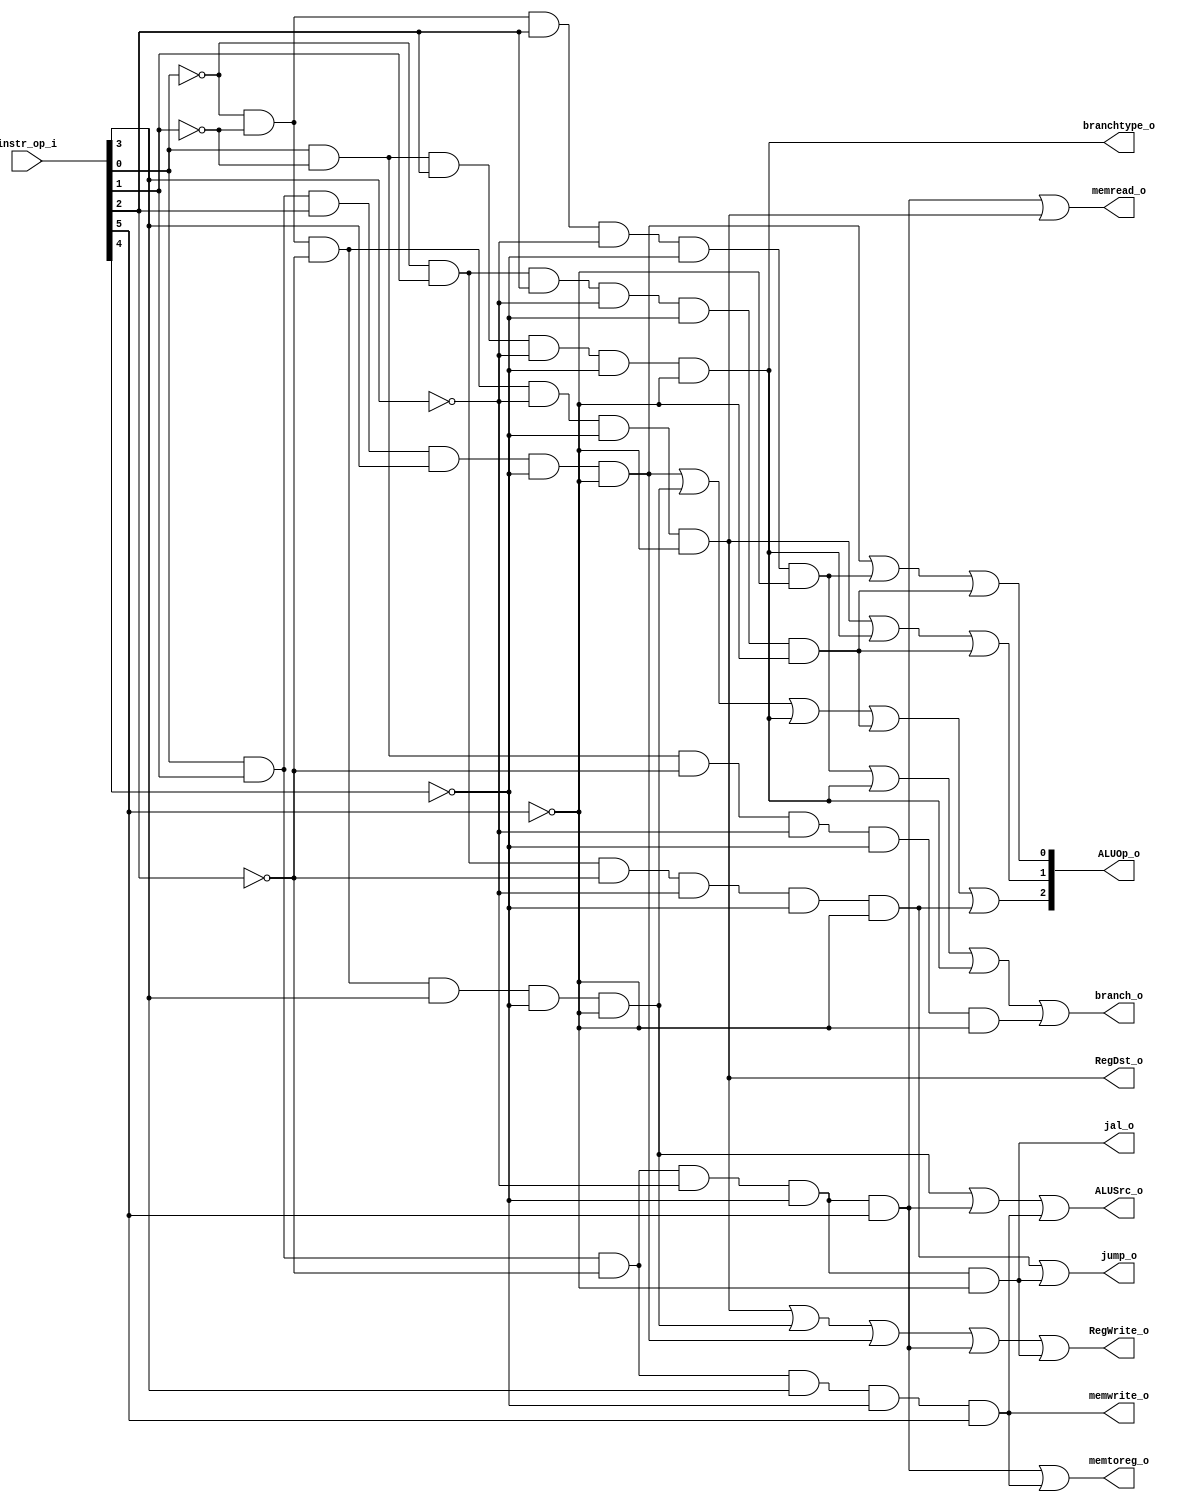
module Decoder( instr_op_i, RegWrite_o,	ALUOp_o, ALUSrc_o, RegDst_o ,jump_o,branch_o,branchtype_o,memwrite_o,memread_o,memtoreg_o,jal_o);
     
//I/O ports
input	[6-1:0] instr_op_i;

output			RegWrite_o;
output	[3-1:0] ALUOp_o;
output			ALUSrc_o;
output			RegDst_o;
output  jump_o;
output  branch_o;
output  branchtype_o;
output  memwrite_o;
output  memread_o;
output  memtoreg_o;
output  jal_o;
//Internal Signals
wire	[3-1:0] ALUOp_o;
wire			ALUSrc_o;
wire			RegWrite_o;
wire			RegDst_o;

//Main function
/*your code here*/
wire r,lw,sw,beq,i,j,bne,lui,blt,bnez,bgez,jal;
assign r = (~instr_op_i[0] && ~instr_op_i[1] && ~instr_op_i[2] && ~instr_op_i[3] && ~instr_op_i[4] && ~instr_op_i[5]);
assign i = (~instr_op_i[0] && ~instr_op_i[1] && ~instr_op_i[2] && instr_op_i[3] && ~instr_op_i[4] && ~instr_op_i[5]);
assign lui = (instr_op_i[0] && instr_op_i[1] && instr_op_i[2] && instr_op_i[3] && ~instr_op_i[4] && ~instr_op_i[5]);
assign lw = (instr_op_i[0] && instr_op_i[1] && ~instr_op_i[2] && ~instr_op_i[3] && ~instr_op_i[4] && instr_op_i[5]);
assign sw = (instr_op_i[0] && instr_op_i[1] && ~instr_op_i[2] && instr_op_i[3] && ~instr_op_i[4] && instr_op_i[5]);
assign beq = (~instr_op_i[0] && ~instr_op_i[1] && instr_op_i[2] && ~instr_op_i[3] && ~instr_op_i[4] && ~instr_op_i[5]);
assign bne = (instr_op_i[0] && ~instr_op_i[1] && instr_op_i[2] && ~instr_op_i[3] && ~instr_op_i[4] && ~instr_op_i[5]);
assign j = (~instr_op_i[0] && instr_op_i[1] && ~instr_op_i[2] && ~instr_op_i[3] && ~instr_op_i[4] && ~instr_op_i[5]);
assign blt = (~instr_op_i[0] && instr_op_i[1] && instr_op_i[2] && ~instr_op_i[3] && ~instr_op_i[4] && ~instr_op_i[5]);
assign bnez = (instr_op_i[0] && ~instr_op_i[1] && instr_op_i[2] && ~instr_op_i[3] && ~instr_op_i[4] && ~instr_op_i[5]);
assign bgez = (instr_op_i[0] && ~instr_op_i[1] && ~instr_op_i[2] && ~instr_op_i[3] && ~instr_op_i[4] && ~instr_op_i[5]);
assign jal = (instr_op_i[0] && instr_op_i[1] && ~instr_op_i[2] && ~instr_op_i[3] && ~instr_op_i[4] && ~instr_op_i[5]);


assign RegWrite_o = (r || i || lui || lw || jal);
assign ALUOp_o[0] = lui || beq || blt;
assign ALUOp_o[1] = r || bne || blt;
assign ALUOp_o[2] = lui || i || bne || blt || j;
assign ALUSrc_o = i || lw || sw;
assign RegDst_o = r;
assign memread_o = lw || r;
assign memwrite_o = sw;
assign memtoreg_o = lw || sw;
assign branch_o = beq || bne || bnez || bgez;
assign branchtype_o = bne;
assign jump_o = j || jal;
assign jal_o = jal;
endmodule